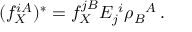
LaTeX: ( f _ { X } ^ { i A } ) ^ { * } = f _ { X } ^ { j B } E _ { j } { } ^ { i } \rho _ { B } { } ^ { A } \, .